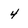
Character: 4